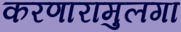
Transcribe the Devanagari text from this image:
करणारामुलगा